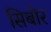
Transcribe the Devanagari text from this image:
सिबोर